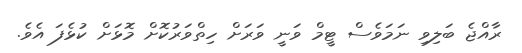
ރާއްޖެ ބަލިވި ނަމަވެސް ޓީމް ވަނީ ވަރަށް ހިތްވަރުކޮށް މޮޅަށް ކުޅެފަ އެވެ.